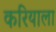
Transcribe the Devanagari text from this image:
करियाला